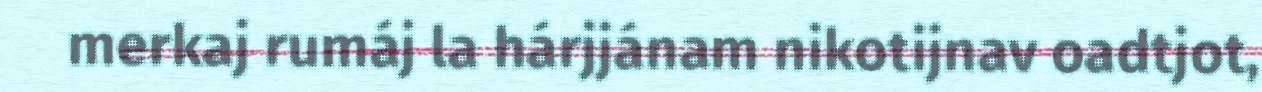
merkaj rumáj la hárjjánam nikotijnav oadtjot,